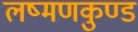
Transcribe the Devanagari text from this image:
लष्मणकुण्ड